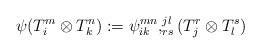
LaTeX: \begin{align*}\psi (T_{i} ^{m} \otimes T_{k} ^{n}) :=\psi_{ik}^{mn},_{rs}^{jl}(T_j^r \otimes T_l^s)\end{align*}